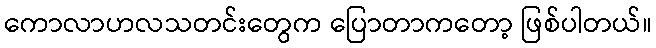
ကောလာဟလသတင်းတွေက ပြောတာကတော့ ဖြစ်ပါတယ်။